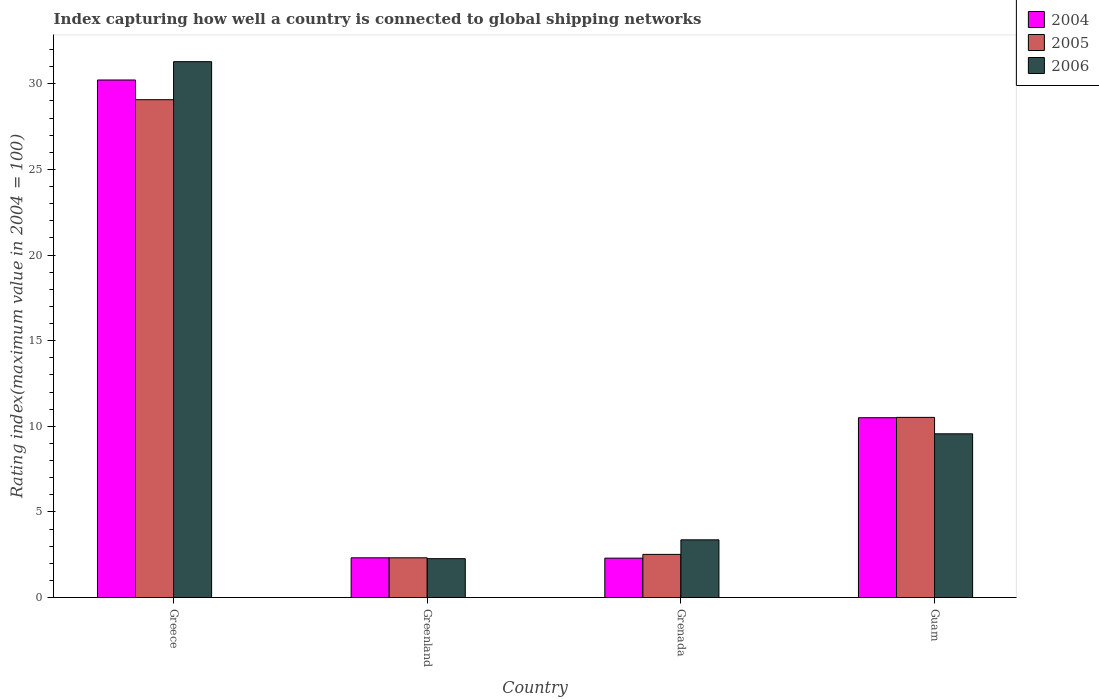
| Country | 2004 | 2005 | 2006 |
 | --- | --- | --- | --- |
 | Greece | 30.2 | 29.1 | 31.3 |
 | Greenland | 2.32 | 2.32 | 2.27 |
 | Grenada | 2.3 | 2.52 | 3.37 |
 | Guam | 10.5 | 10.5 | 9.56 |